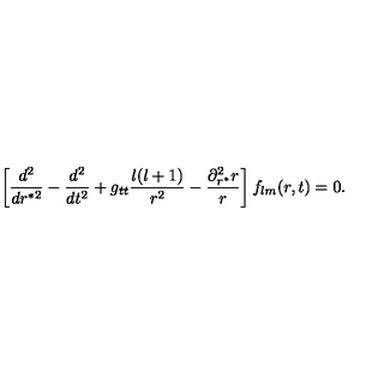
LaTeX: \left[ \frac { d ^ { 2 } } { d r ^ { * 2 } } - \frac { d ^ { 2 } } { d t ^ { 2 } } + g _ { t t } \frac { l ( l + 1 ) } { r ^ { 2 } } - \frac { \partial _ { r ^ { * } } ^ { 2 } r } { r } \right] f _ { l m } ( r , t ) = 0 .